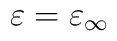
\varepsilon = \varepsilon_\infty